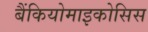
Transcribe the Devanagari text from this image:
बैंकियोमाइकोसिस